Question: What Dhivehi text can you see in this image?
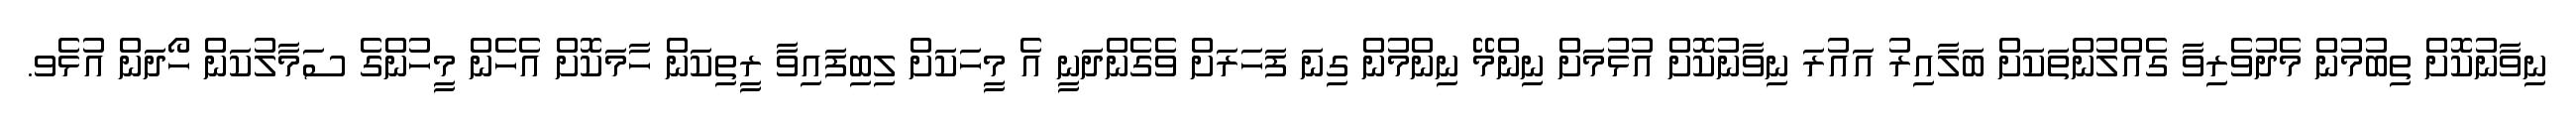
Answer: ނިވާނުކޮށް ތިބުމުން މެދުވެރިވާ ގެއްލުންތަކަށް ބަލާއިރު އައުރަ ނިވާނުކޮށް އުޅުމަށް ނިންމޭ ނިންމުން ގިނަ ފަހަރަށް ވެގެންދަނީ އެ މީހަކަށް ލިބިފައިވާ ރީތިކަން ހާމަކޮށް އެހެން މީހުންގެ ސަމާލުކަން ހޯދަން އުޅެވ.